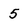
Character: 5